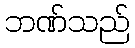
ဘဏ်သည်